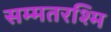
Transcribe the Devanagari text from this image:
सम्मतरश्मि